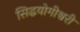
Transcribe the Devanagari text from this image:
सिद्धयोगीश्वरी